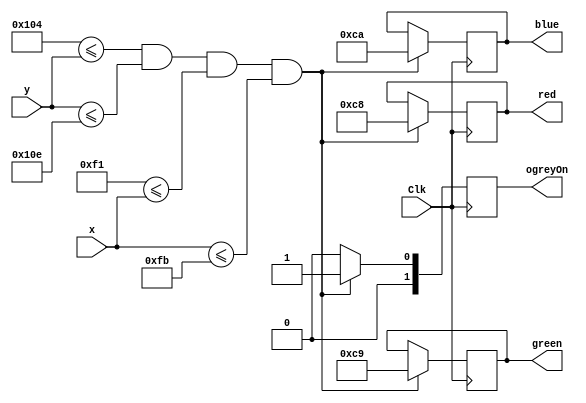
`timescale 1ns / 1ps
//////////////////////////////////////////////////////////////////////////////////
// Company: 
// Engineer: 
// 
// Design Name: 
// Module Name: ObstacleGrey
// Project Name: 
// Target Devices: 
// Tool Versions: 
// Description: 
// 
// Dependencies: 
// 
// Revision:
// Revision 0.01 - File Created
// Additional Comments:
// 
//////////////////////////////////////////////////////////////////////////////////


module ObstacleGrey(
    input wire Clk,
    input wire [9:0] x,
    input wire [9:0] y,
    output reg [7:0] red,
    output reg [7:0] green,
    output reg [7:0] blue,
    output reg [1:0] ogreyOn
    );
    
    parameter Gupper = 260;
    parameter Glower = 270;
    parameter Gleft = 241;
    parameter Gright = 251;
    
    always @(posedge Clk) 
        begin
            if(Gupper <= y && y <= Glower && Gleft <= x && x <= Gright) 
                begin
                    red <= 8'd200;
                    green <= 8'd201;
                    blue <= 8'd202;
                    ogreyOn<= 1;
                end
             else
                ogreyOn <= 0;
        end
endmodule